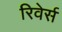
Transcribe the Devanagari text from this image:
रिवेर्स